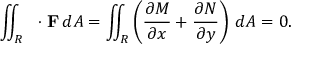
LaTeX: \iint _ { R } \, \mathbf { \nabla } \cdot \mathbf { F } \, d A = \iint _ { R } \left( { \frac { \partial M } { \partial x } } + { \frac { \partial N } { \partial y } } \right) \, d A = 0 .